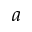
a